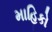
માહિકો